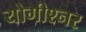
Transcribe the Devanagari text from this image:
योगीश्नर